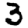
Digit: 3